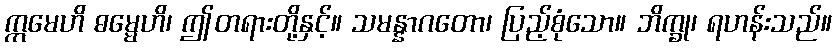
ဣမေဟိ ဓမ္မေဟိ၊ ဤတရားတို့နှင့်။ သမန္နာဂတော၊ ပြည့်စုံသော။ ဘိက္ခု၊ ရဟန်းသည်။